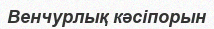
Венчурлық кәсіпорын